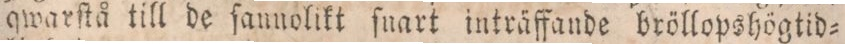
qwarſtå till de ſannolikt ſuart inträffande bröllopshögtid=